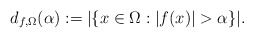
\begin{align*}d_{f,\Omega}(\alpha):=|\{x\in \Omega : |f(x)|>\alpha\}|.\end{align*}